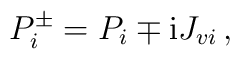
P_i^\pm=P_i\mp {\rm i} J_{vi}\,,